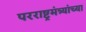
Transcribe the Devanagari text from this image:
परराष्ट्रमंत्र्यांच्या